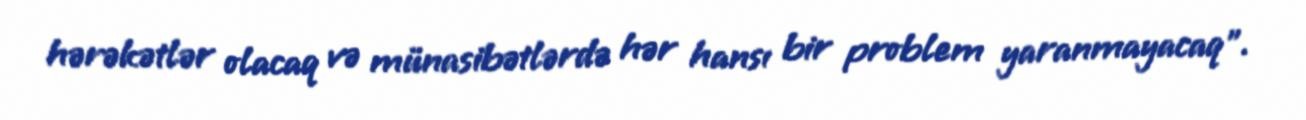
hərəkətlər olacaq və münasibətlərdə hər hansı bir problem yaranmayacaq”.